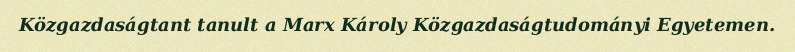
Közgazdaságtant tanult a Marx Károly Közgazdaságtudományi Egyetemen.